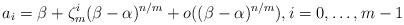
LaTeX: \begin{align*} a_i = \beta + \zeta_m^i (\beta-\alpha)^{n/m} + o((\beta-\alpha)^{n/m}), i = 0, \ldots, m-1\end{align*}